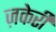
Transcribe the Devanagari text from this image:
ज़केरी